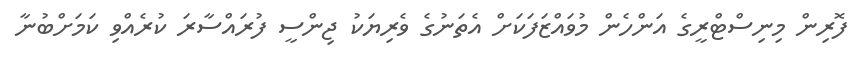
ފޮރިން މިނިސްޓްރީގެ އަންހެން މުވައްޒަފަކަށް އެތަނުގެ ވެރިޔަކު ޖިންސީ ފުރައްސާރަ ކުރެއްވި ކަމަށްބުނާ